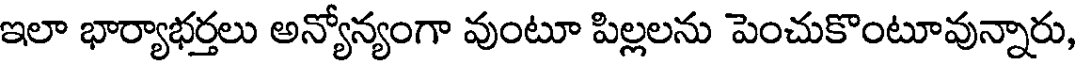
ఇలా భార్యాభర్తలు అన్యోన్యంగా వుంటూ పిల్లలను పెంచుకొంటూవున్నారు,